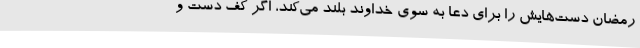
رمضان دست‌هایش را برای دعا به سوی خداوند بلند می‌کند، اگر کف دست و